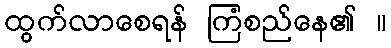
ထွက်လာစေရန် ကြံစည်နေ၏ ။